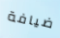
ضيافة